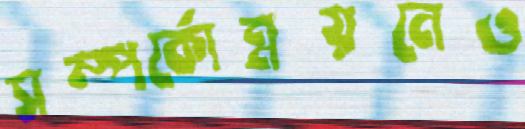
সম্পর্কোন্নয়নেও